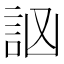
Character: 𧦆